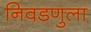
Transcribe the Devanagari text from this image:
निवडणुला